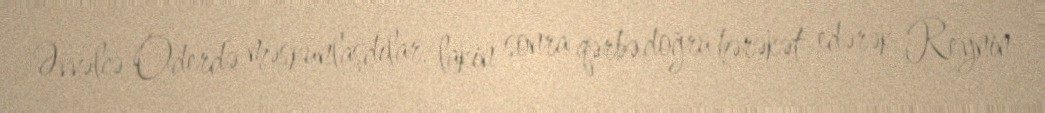
Əvvəlcə Oderdə məskunlaşdılar, lakin sonra qərbə doğru hərəkət edərək Reynin